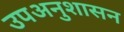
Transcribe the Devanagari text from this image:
उपअनुशासन